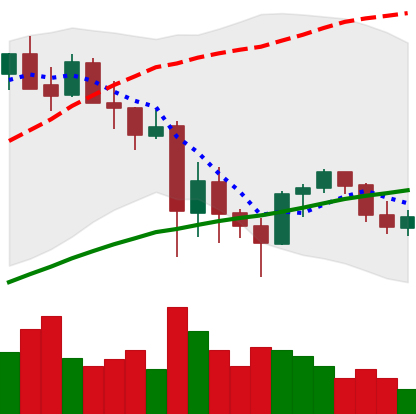
Ticker: ETH-USD
Chart end date: 2021-05-30
Forward return: 12.462%
Label: up_7plus